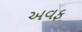
અવફ